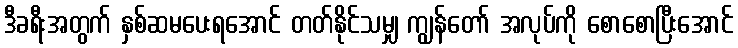
ဒီခရီးအတွက် နှစ်ဆမပေးရအောင် တတ်နိုင်သမျှ ကျွန်တော် အလုပ်ကို စောစောပြီးအောင်